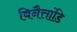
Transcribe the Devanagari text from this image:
विनैत्तांडि